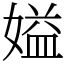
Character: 㜋